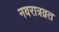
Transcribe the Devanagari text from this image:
नवरात्रव्रत